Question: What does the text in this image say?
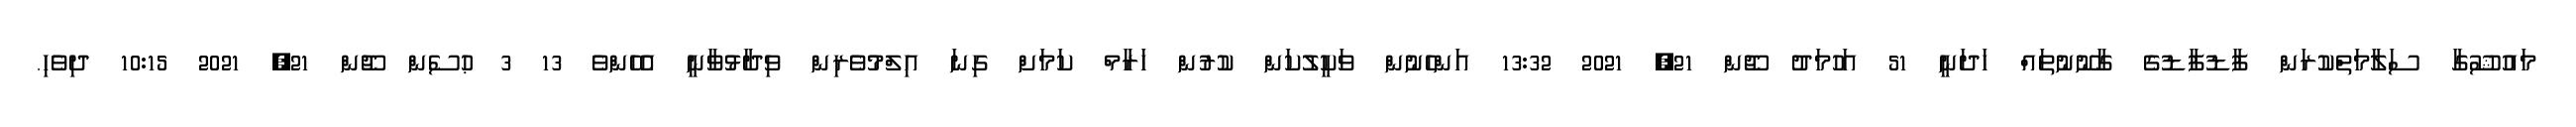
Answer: މައުޝޫގާ ސަލާމަތްކުރަން ފާޑުފާޑުގެ ގާނޫނުތައް ހަދަނީ 51 އަހުމަދު ޖޫން 21, 2021 13:32 އަންހެނުން ވަކީލުކަން ކުރުން ހަރާމް ކަމަށް ގިނަ އިލްމުވެރިން ވިދާޅުވާނީ އެހެންވެ 13 3 ޙުސެން ޖޫން 21, 2021 10:15 ދިވެހި.